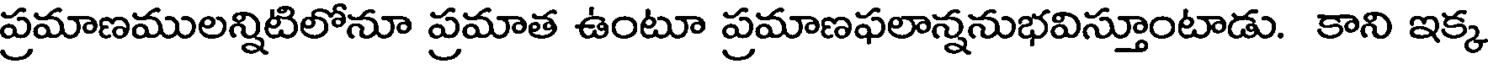
ప్రమాణములన్నిటిలోనూ ప్రమాత ఉంటూ ప్రమాణఫలాన్ననుభవిస్తూంటాడు. కాని ఇక్క